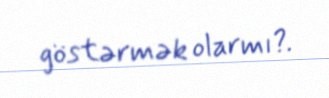
göstərmək olarmı?.